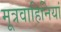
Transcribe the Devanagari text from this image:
मूत्रवाहिनियां